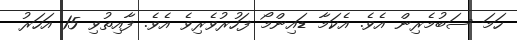
ހަމަ ސަބުމެރިން އެވެ. އެކަމާ ޑައިންމޯ ފަހުރުވެރިވެ އެވެ. ފާއިތުވި 15 އަހަރު